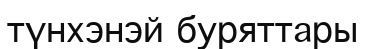
түнхэнэй буряттары